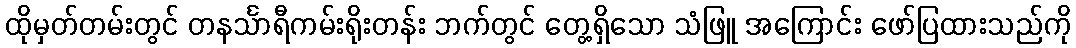
ထိုမှတ်တမ်းတွင် တနင်္သာရီကမ်းရိုးတန်း ဘက်တွင် တွေ့ရှိသော သံဖြူ အကြောင်း ဖော်ပြထားသည်ကို